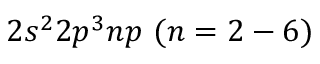
{ { 2 s ^ { 2 } 2 p ^ { 3 } n p ~ ( n = 2 - 6 ) } }